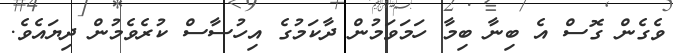
ވެގެން ގޮސް އެ ބިނާ ބިމާ ހަމަވަމުން ދާކަމުގެ އިހުސާސް ކުރެވެމުން ދިޔައެވެ.